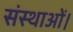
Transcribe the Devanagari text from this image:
संस्थाओं।